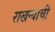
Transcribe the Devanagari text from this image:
राखन्याची